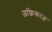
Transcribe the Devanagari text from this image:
अफ्रिकाज़